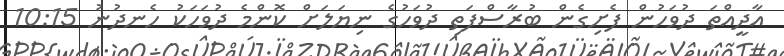
އާދީއްތަ ދުވަހުން ފެށިގެން ބުރާސްފަތި ދުވަހުގެ ނިޔަލަށް ކޮންމެ ދުވަހަކު ހެނދުނު 10:15